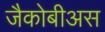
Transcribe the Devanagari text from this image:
जैकोबीअस